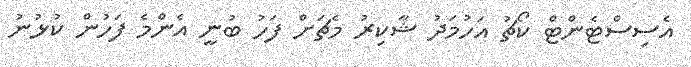
އެސިސްޓެންޓް ކޯޗު އަހުމަދު ޝާކިރު މެޗަށް ފަހު ބުނީ އެންމެ ފަހުން ކުޅުނު